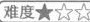
难度